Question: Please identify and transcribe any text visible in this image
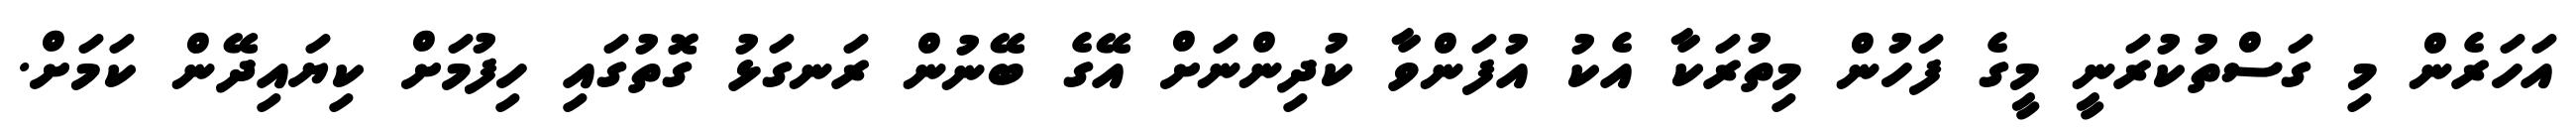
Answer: އަހަރެން މި ގަސްތުކުރަނީ މީގެ ފަހުން މިތުރަކާ އެކު އުފަންވާ ކުދިންނަށް އޭގެ ބޭނުން ރަނގަޅު ގޮތުގައި ހިފުމަށް ކިޔައިދޭން ކަމަށް.